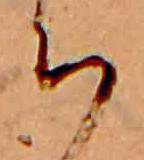
ち